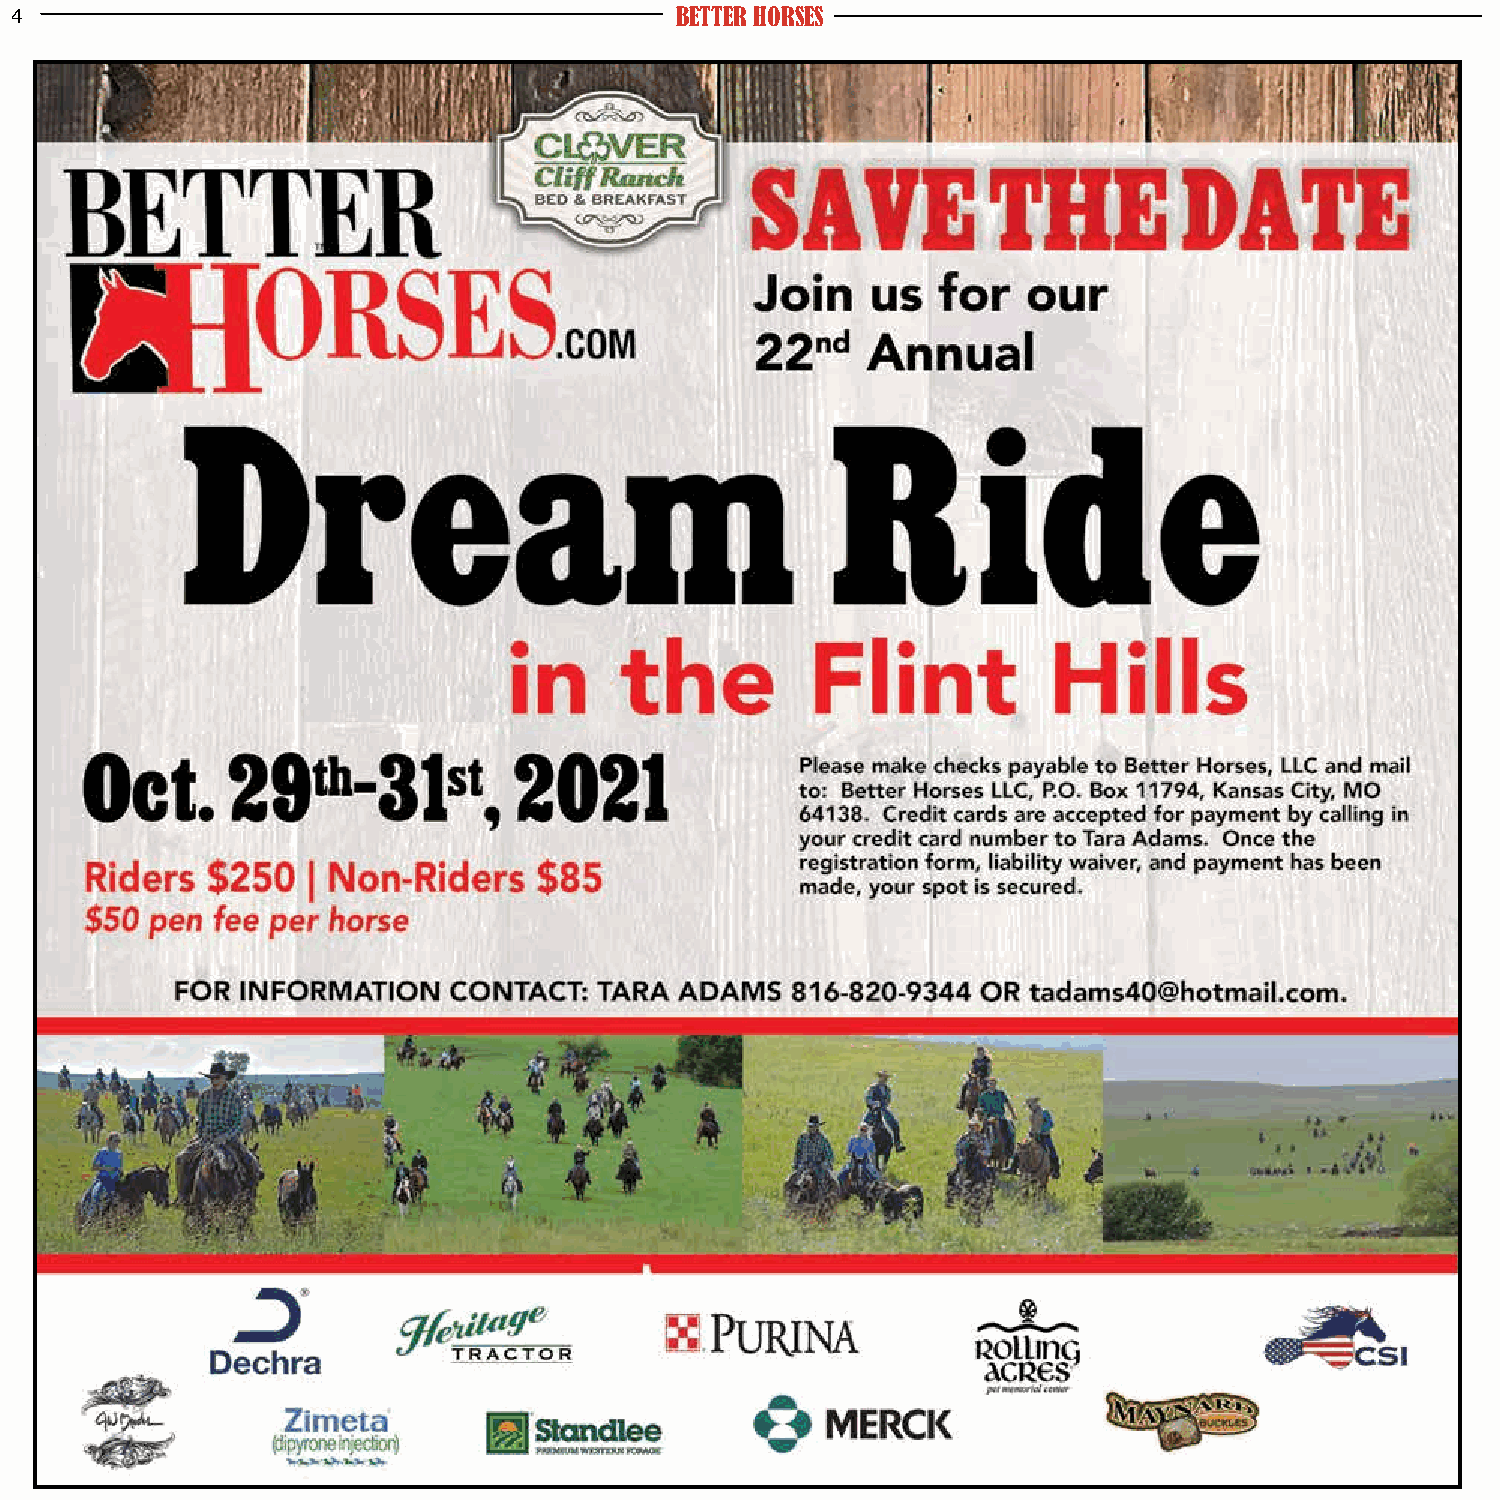
4                                           BETTER HORSES